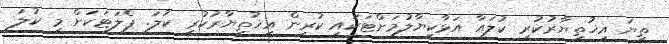
ތިޔަ އިޚުތިޔާރުކުރި ކުލައާ އަޅާކިޔާލުމަށްޓަކައި ކުރިން އިޚުތިޔާރުކުރި ކުލަ. ޕެލަޓަކަށް މި ކުލަ